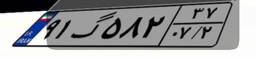
۹۱گ۵۸۲۳۷